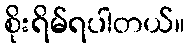
စိုးရိမ်ရပါတယ်။